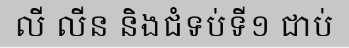
លី លីន និងជំទប់ទី១ ជាប់